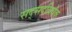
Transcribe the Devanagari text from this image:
सद्सदविवेक